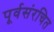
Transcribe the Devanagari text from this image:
पूर्वसंरचित